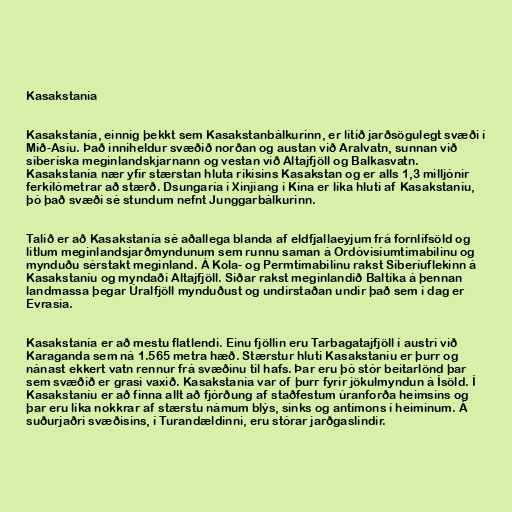
Kasakstanía

Kasakstanía, einnig þekkt sem Kasakstanbálkurinn, er lítið jarðsögulegt svæði í
Mið-Asíu. Það inniheldur svæðið norðan og austan við Aralvatn, sunnan við
síberíska meginlandskjarnann og vestan við Altajfjöll og Balkasvatn.
Kasakstanía nær yfir stærstan hluta ríkisins Kasakstan og er alls 1,3 milljónir
ferkílómetrar að stærð. Dsungaría í Xinjiang í Kína er líka hluti af Kasakstaníu,
þó það svæði sé stundum nefnt Junggarbálkurinn.

Talið er að Kasakstanía sé aðallega blanda af eldfjallaeyjum frá fornlífsöld og
litlum meginlandsjarðmyndunum sem runnu saman á Ordóvisíumtímabilinu og
mynduðu sérstakt meginland. Á Kola- og Permtímabilinu rakst Síberíuflekinn á
Kasakstaníu og myndaði Altajfjöll. Síðar rakst meginlandið Baltíka á þennan
landmassa þegar Úralfjöll mynduðust og undirstaðan undir það sem í dag er
Evrasía.

Kasakstanía er að mestu flatlendi. Einu fjöllin eru Tarbagatajfjöll í austri við
Karaganda sem ná 1.565 metra hæð. Stærstur hluti Kasakstaníu er þurr og
nánast ekkert vatn rennur frá svæðinu til hafs. Þar eru þó stór beitarlönd þar
sem svæðið er grasi vaxið. Kasakstanía var of þurr fyrir jökulmyndun á Ísöld. Í
Kasakstaníu er að finna allt að fjórðung af staðfestum úranforða heimsins og
þar eru líka nokkrar af stærstu námum blýs, sinks og antímons í heiminum. Á
suðurjaðri svæðisins, í Turandældinni, eru stórar jarðgaslindir.